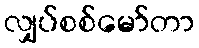
လျှပ်စစ်မော်တာ